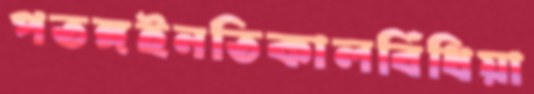
পতঙ্গইনতিকালবিঁধিয়া